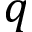
q